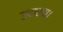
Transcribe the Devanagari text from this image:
उदारता।